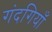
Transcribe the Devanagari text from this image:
गंदगियाँ